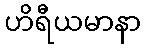
ဟိရီယမာနာ